Vital statistics of India. Vol. IV, Annual returns from 1871 to 1876. British Army of India, Native Army and jails of Bengal
Year: 1871
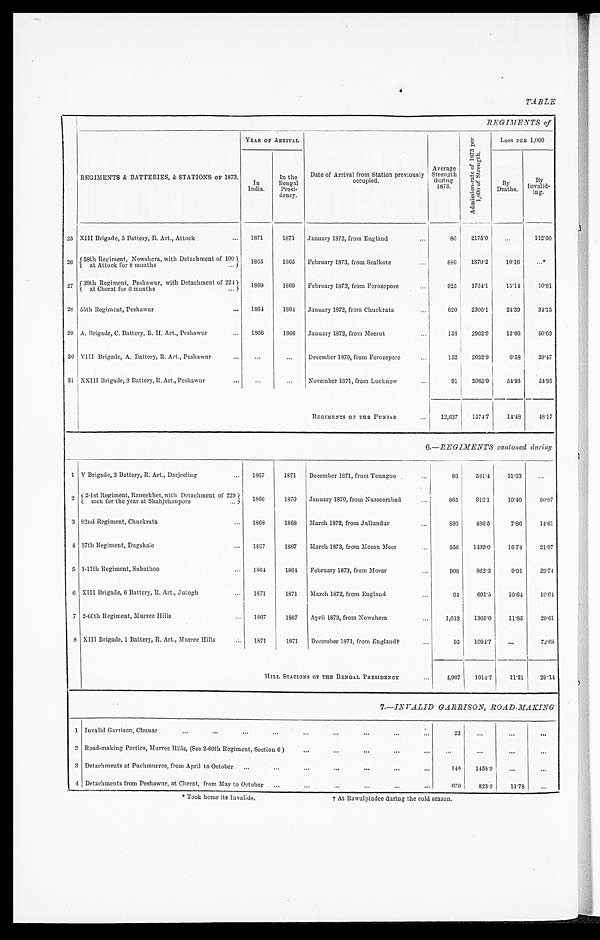
TABLE
REGIMENTS of
REGIMENTS & BATTERIES, & STATIONS OF 1873.
YEAR OF ARRIVAL
Date of Arrival from Station previously
occupied.
Average
Strength
during
1873.
A d m i s s i o n - r a t e o f 1 8 7 3 p e r 1 , 0 0 0 o f S t r e n g t h .
LOSS PER 1,000
In
India.
In the
Bengal
Presi-
dency.
By
Deaths.
By
Invalid- ing.
25 XIII Brigade, 5 Battery, R. Art., Attock . . .
1871
1871
January 1872, from England . . .
80
2175.0
. . .
112.50
26
58th Regiment, Nowshera, with Detachment of 100
at Attock for 8 months . . .
1865
1 8 6 5
February 1873, from Sealkote . . .
886
1870.2
10.16
. . . *
27
39th Regiment, Peshawur, with Detachment of 22
4 at Cherat for 6 months . . .
1869
1 8 6 9
February 1873, from Ferozepore . . .
925
1734.1
15.14
10.81
28 55th Regiment, Peshawur . . .
1864
1864
January 1872, from Chuckrata . . .
820
2306.1
24.39
34.15
29 A. Brigade, C. Battery, R. H. Art., Peshawur . . .
1866
1866
January 1872, from Meerut . . .
158
2962.0
12.66
50.63
30 VIII Brigade, A. Battery, R. Art., Peshawur . . .
. . .
. . .
December 1970, from Ferozepore . . .
152
2032.9
6.58
39.47
31 XXIII Brigade, 3 Battery, R. Art., Peshawur . . .
. . .
. . .
November 1871, from Lucknow . . .
91
2065.9
54.95
54.95
REGIMENTS OF THE PUNJAB . . .
12,637
1574.7
14.48
48.17
6.—REGIMENTS cantoned during
1 V Brigade, 3 Battery, R. Art., Darjeeling . . .
1867
1871
December 1871, from Toungoo . . .
86
581.4
11.63
. . .
2
2-1st Regiment, Raneekhet, with Detachment of 229
men for the year at Shahjehanpore . . .
1866
1870
January 1870, from Nusseerabad . . .
865
912.1
10.40
50.87
3 92nd Regiment, Chuckrata . . .
1868
1868
March 1872, from Jullundur . . .
890
486.5
7.86
14.61
4 37th Regiment, Dugshaie . . .
1867
1867
March 1873, from Meean Meer . . .
956
1499.0
16. 74
21.97
5 1-11th Regiment, Subathoo . . .
1864
1864
February 1873, from Morar . . .
908
862.3
9.91
29.74
6 XIII Brigade, 6 Battery, R. Art., Jutogh . . .
1871
1871
March 1872, from England . . .
94
691.5
10.64
10.64
7 2-66th Regiment, Murree Hills . . .
1867
1867
April 1873, from Nowshera . . .
1,013
1305.0
11.85
29.61
8 XIII Brigade, 1 Battery, R. Art., Murree Hills . . .
1871
1871
December 1871, from England† . . .
9 5
1094.7
. . .
73.68
HILL STATIONS OF THE BENGAL PRESIDENCY . . .
4,907 1014.7
11.21
29.14
7 .—INVALID GARRISON, ROAD-MAKING
1 Invalid Garrison, Chunar . . .
23
. . .
. . .
. . .
2 Road-making Parties, Murree Hills, (See 2-60th Regiment, Section 6 ) . . .
. . .
. . .
. . .
. . .
3 Detachments at Puchmurree, from April to October . . .
146
1458.9
. . .
. . .
4 Detachments from Peshawur, at Cherat, from May to October . . .
679
823.3
11.78
. . .
* Took home its Invalids.
† At Rawulpindee during the cold season.